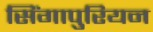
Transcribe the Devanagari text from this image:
सिंगापुरियन